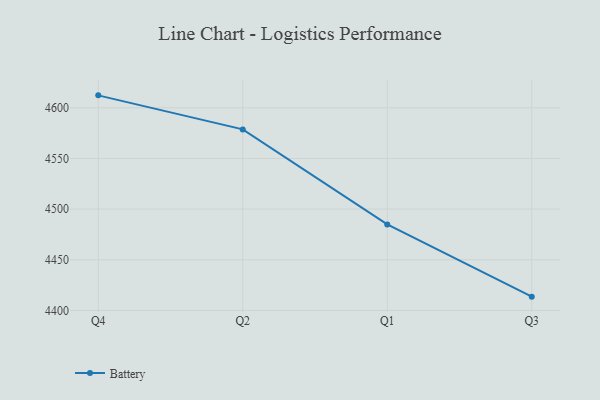
{"axis": {"x": "Quarter", "y": "Waste Production (Tons)"}, "legend": ["Battery"], "data": [{"x": "Q4", "y": 4612.3, "type": "Battery"}, {"x": "Q2", "y": 4578.7, "type": "Battery"}, {"x": "Q1", "y": 4484.9, "type": "Battery"}, {"x": "Q3", "y": 4413.6, "type": "Battery"}]}